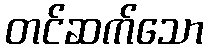
တင်ဆက်သော